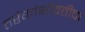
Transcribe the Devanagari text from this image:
तरंगांभोवतीचा